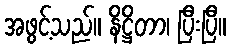
အဖွင့်သည်။ နိဋ္ဌိတာ၊ ပြီးပြီ။